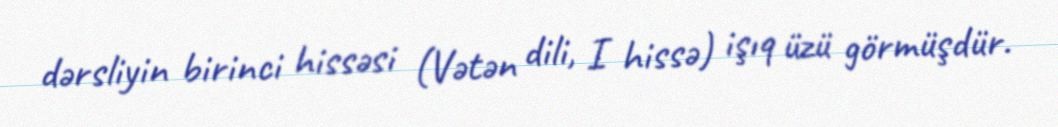
dərsliyin birinci hissəsi (Vətən dili, I hissə) işıq üzü görmüşdür.